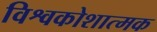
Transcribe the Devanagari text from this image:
विश्वकोशात्मक